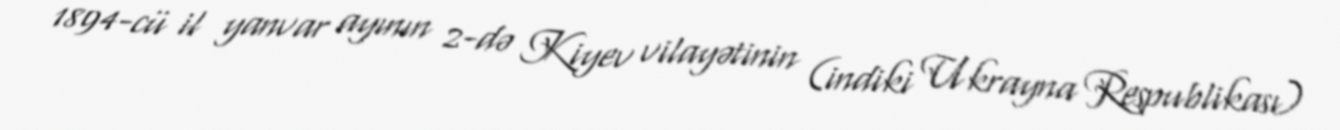
1894-cü il yanvar ayının 2-də Kiyev vilayətinin (indiki Ukrayna Respublikası)